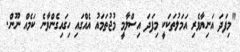
"މިފަދަ އަނިޔާވެރި އަމަލުތަކަކީ މިފަދަ އިސްލާމީ މުޖުތަމައު އެއްގައި ހިގައިގެންވާނެ ކަމެއް ނޫން.